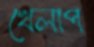
খেলাপ